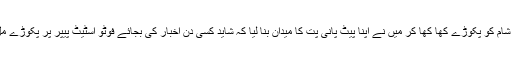
حتی کہ شام کو پکوڑے کھا کھا کر میں نے اپنا پیٹ پانی پت کا میدان بنا لیا کہ شاید کسی دن اخبار کی بجائے فوٹو اسٹیٹ پیپر پر پکوڑے مل جائیں۔